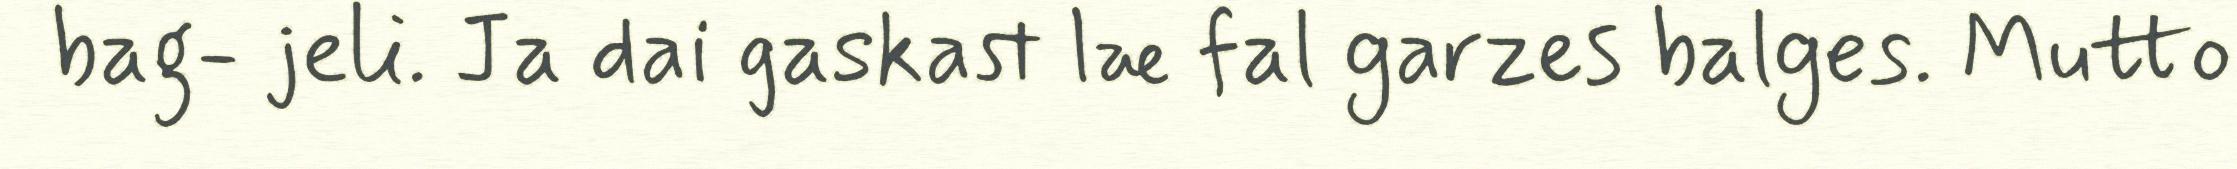
bag- jeli. Ja dai gaskast læ fal garzes balges. Mutto